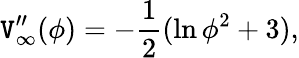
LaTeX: \mathtt{V}_{\infty}^{\prime\prime}(\phi)=-\frac{{1}}{{2}}(\ln\phi^{2}+3),